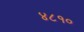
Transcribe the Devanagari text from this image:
४८१०